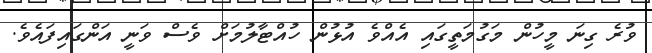
ވުރެ ގިނަ މީހުން މަގުމަތީގައި އެއްވެ އުޅުން ހުއްޓާލުމަށް ވެސް ވަނީ އަންގައިފައެވެ.